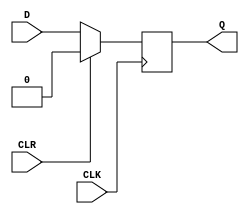
module D_ff_synCLR(CLK, CLR, D, Q);
	input CLK, CLR, D;
	output reg Q;
	
	always @ (posedge CLK)
		if (CLR) Q <= 0;
		else Q <= D;
endmodule